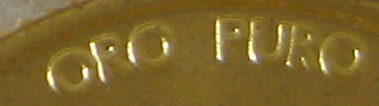
ORO PURO